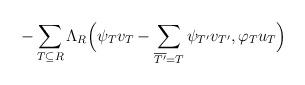
LaTeX: \begin{align*}-\sum_{T\subseteq R}\Lambda_R\Big( \psi_{T}v_T - \sum_{\overline{T'}=T} \psi_{T'}v_{T'}, \varphi_{T}u_{T}\Big)\end{align*}